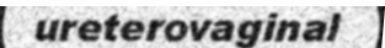
ureterovaginal